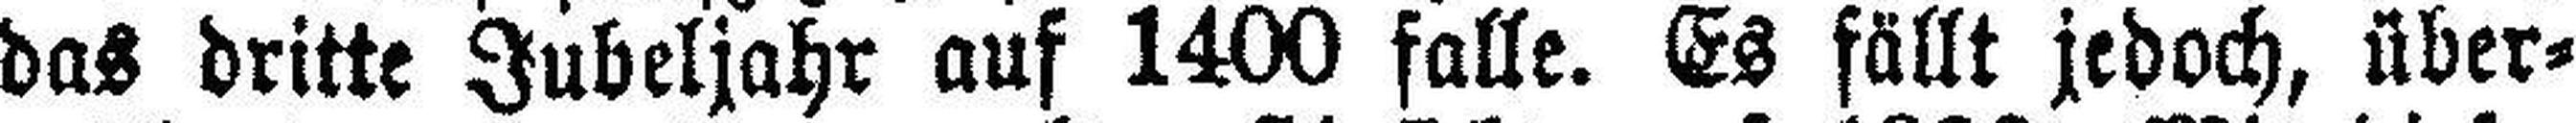
das dritte Jubeljahr auf 1400 falle. Es fällt jedoch, über¬